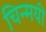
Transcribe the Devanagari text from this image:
चिन्मयी